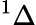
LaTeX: ^{1}\Delta